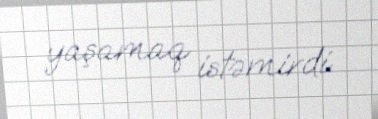
yaşamaq istəmirdi.